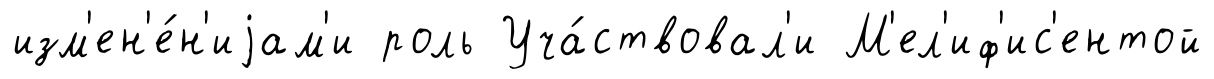
изм'ен'е́н'иjам'и роль Уча́ствовал'и М'ел'иф'ис'ентой